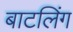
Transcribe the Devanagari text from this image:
बाटलिंग